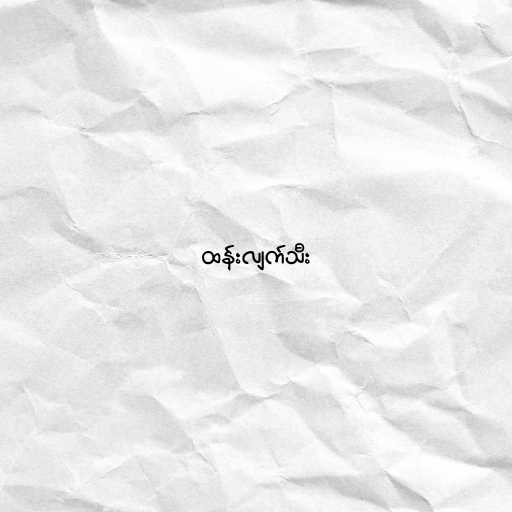
ထန်းလျက်သီး